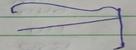
Signature authenticity: forged